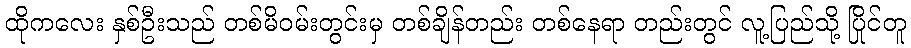
ထိုကလေး နှစ်ဦးသည် တစ်မိဝမ်းတွင်းမှ တစ်ချိန်တည်း တစ်နေရာ တည်းတွင် လူ့ပြည်သို့ ပြိုင်တူ